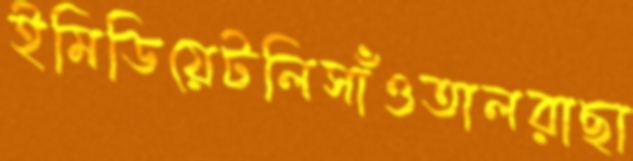
ইমিডিয়েটলিসাঁওতালরাছা